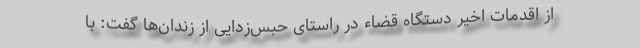
از اقدمات اخیر دستگاه قضاء در راستای حبس‌زدایی از زندان‌ها گفت: با